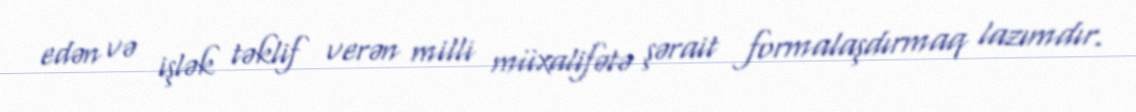
edən və işlək təklif verən milli müxalifətə şərait formalaşdırmaq lazımdır.